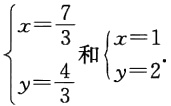
$\left\{\begin{array}{l}x = \frac{7}{3}\\y=\frac{4}{3}\end{array}\right.和\left\{\begin{array}{l}x = 1\\y = 2\end{array}\right.$